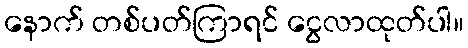
နောက် တစ်ပတ်ကြာရင် ငွေလာထုတ်ပါ။